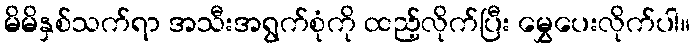
မိမိနှစ်သက်ရာ အသီးအရွက်စုံကို ထည့်လိုက်ပြီး မွှေပေးလိုက်ပါ။